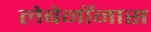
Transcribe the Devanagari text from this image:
लेबेनॉनास